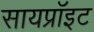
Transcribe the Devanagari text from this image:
सायप्रॉइट